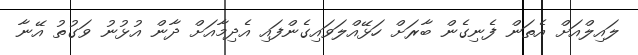
ލައިލްއަށް އެތަން ފެނިގެން ބާރަށް ހަޅޭއްލަވައިގެންފައި އެދިމާއަށް ދާން އުޅުނު ވަގުތު އޭނާ